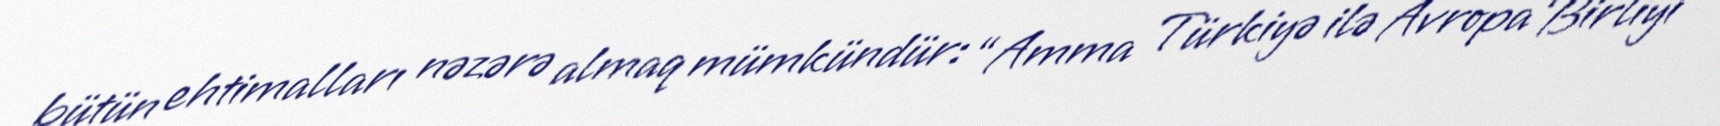
bütün ehtimalları nəzərə almaq mümkündür: “Amma Türkiyə ilə Avropa Birliyi